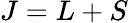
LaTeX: J=L+S